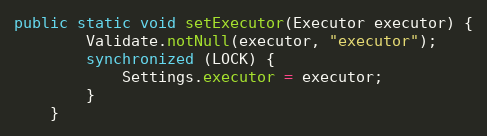
Language: Java
public static void setExecutor(Executor executor) {
        Validate.notNull(executor, "executor");
        synchronized (LOCK) {
            Settings.executor = executor;
        }
    }